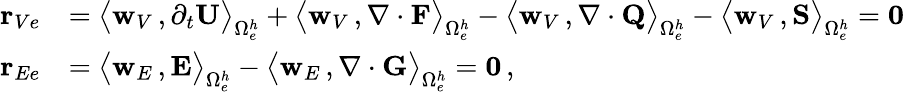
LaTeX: \begin{array}{rl}{{\mathbf r}_{Ve}}&{=\big\langle{{\mathbf w}_{V}}\, ,\partial_{{t}}{\mathbf U}\big\rangle_{\Omega_{e}^{h}}+\big\langle{{\mathbf w}_{V}}\, ,\nabla\cdot{\mathbf F}\big\rangle_{\Omega_{e}^{h}}-\big\langle{{\mathbf w}_{V}}\, ,\nabla\cdot{\mathbf Q}\big\rangle_{\Omega_{e}^{h}}-\big\langle{{\mathbf w}_{V}}\, ,{\mathbf S}\big\rangle_{\Omega_{e}^{h}}={\mathbf 0}}\\ {{\mathbf r}_{Ee}}&{=\big\langle{{\mathbf w}_{E}}\, ,{\mathbf E}\big\rangle_{\Omega_{e}^{h}}-\big\langle{{\mathbf w}_{E}}\, ,\nabla\cdot{\mathbf G}\big\rangle_{\Omega_{e}^{h}}={\mathbf 0}\, ,}\end{array}